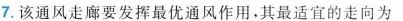
7.该通风走廊要发挥最优通风作用，其最适宜的走向为